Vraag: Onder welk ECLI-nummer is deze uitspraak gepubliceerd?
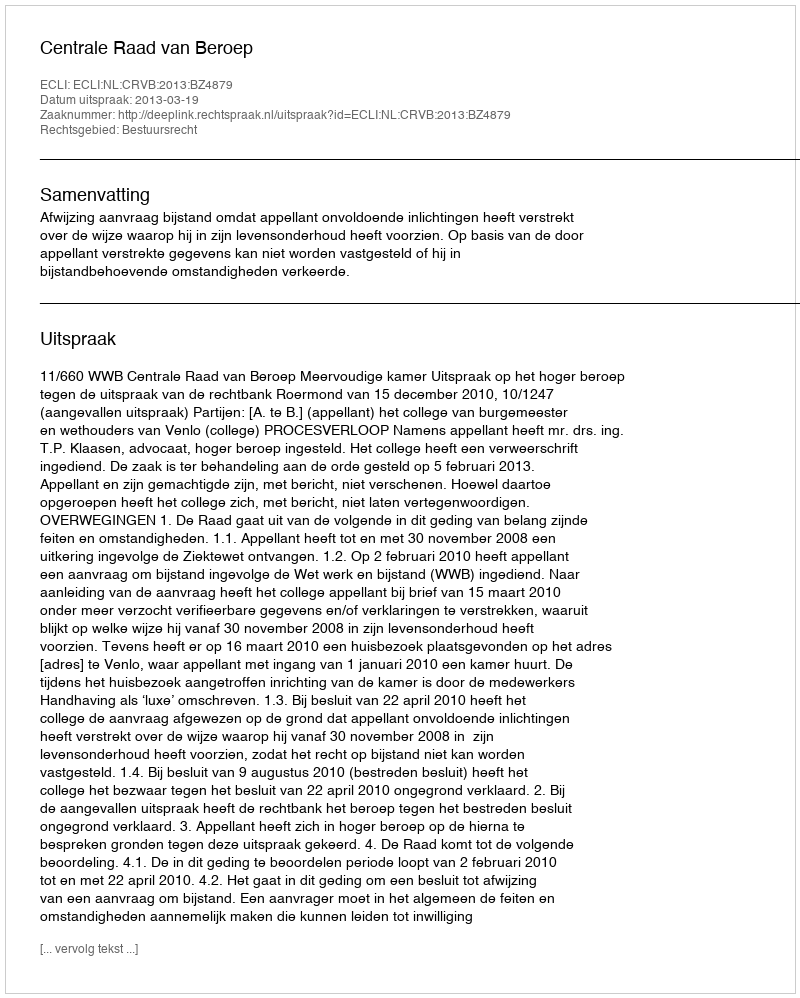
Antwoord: ECLI:NL:CRVB:2013:BZ4879